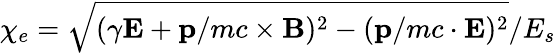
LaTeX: \chi_{e}=\sqrt{(\gamma{\mathbf{E}}+{\mathbf{p}}/mc\times{\mathbf{B}})^{2}-({\mathbf{p}}/mc\cdot{\mathbf{E}})^{2}}/E_{s}